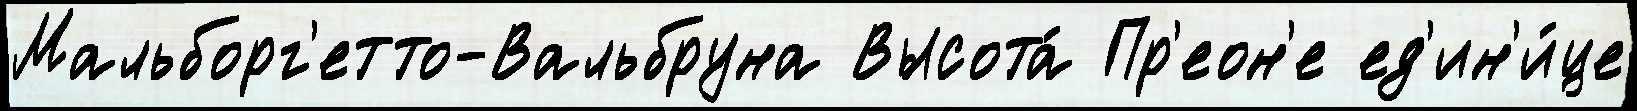
Мальборг'етто-Вальбруна Высота́ Пр'еон'е ед'ин'и́це